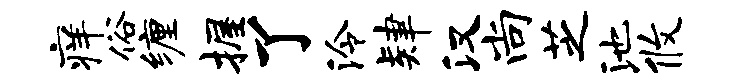
痒俗缠握了泠肄汉尚芝池攸